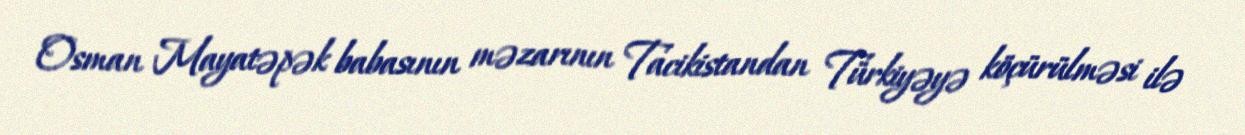
Osman Mayatəpək babasının məzarının Tacikistandan Türkiyəyə köçürülməsi ilə